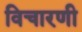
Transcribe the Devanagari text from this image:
विचारणी